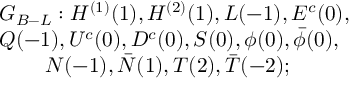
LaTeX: \begin{array} { r l c } { { G _ { B - L } : H ^ { ( 1 ) } ( 1 ) , H ^ { ( 2 ) } ( 1 ) , L ( - 1 ) , E ^ { c } ( 0 ) , } } \\ { { Q ( - 1 ) , U ^ { c } ( 0 ) , D ^ { c } ( 0 ) , S ( 0 ) , \phi ( 0 ) , \bar { \phi } ( 0 ) , ~ } } \\ { { N ( - 1 ) , \bar { N } ( 1 ) , T ( 2 ) , \bar { T } ( - 2 ) ; ~ ~ ~ ~ ~ ~ ~ ~ } } \end{array}